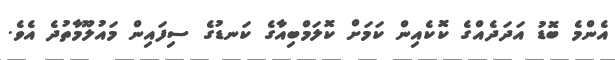
އެންމެ ބޮޑު އަދަދެއްގެ ކޮކެއިން ކަމަށް ކޮލަމްބިއާގެ ކަނޑުގެ ސިފައިން މައުލޫމާތުދެ އެވެ.